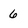
Character: 6